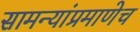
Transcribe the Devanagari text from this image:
सामन्यांप्रमाणेच